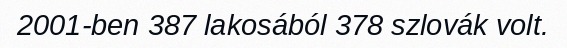
2001-ben 387 lakosából 378 szlovák volt.